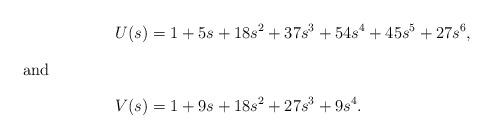
LaTeX: \begin{align*}U(s)&=1+5s+18s^2+37s^3+54s^4+45s^5+27s^6,\intertext{and}V(s)&=1+9s+18s^2+27s^3+9s^4.\end{align*}